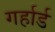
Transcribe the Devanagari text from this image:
गर्हार्ड